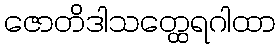
ဇောတိဒါသတ္ထေရဂါထာ